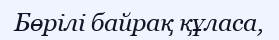
Бөрілі байрақ құласа,